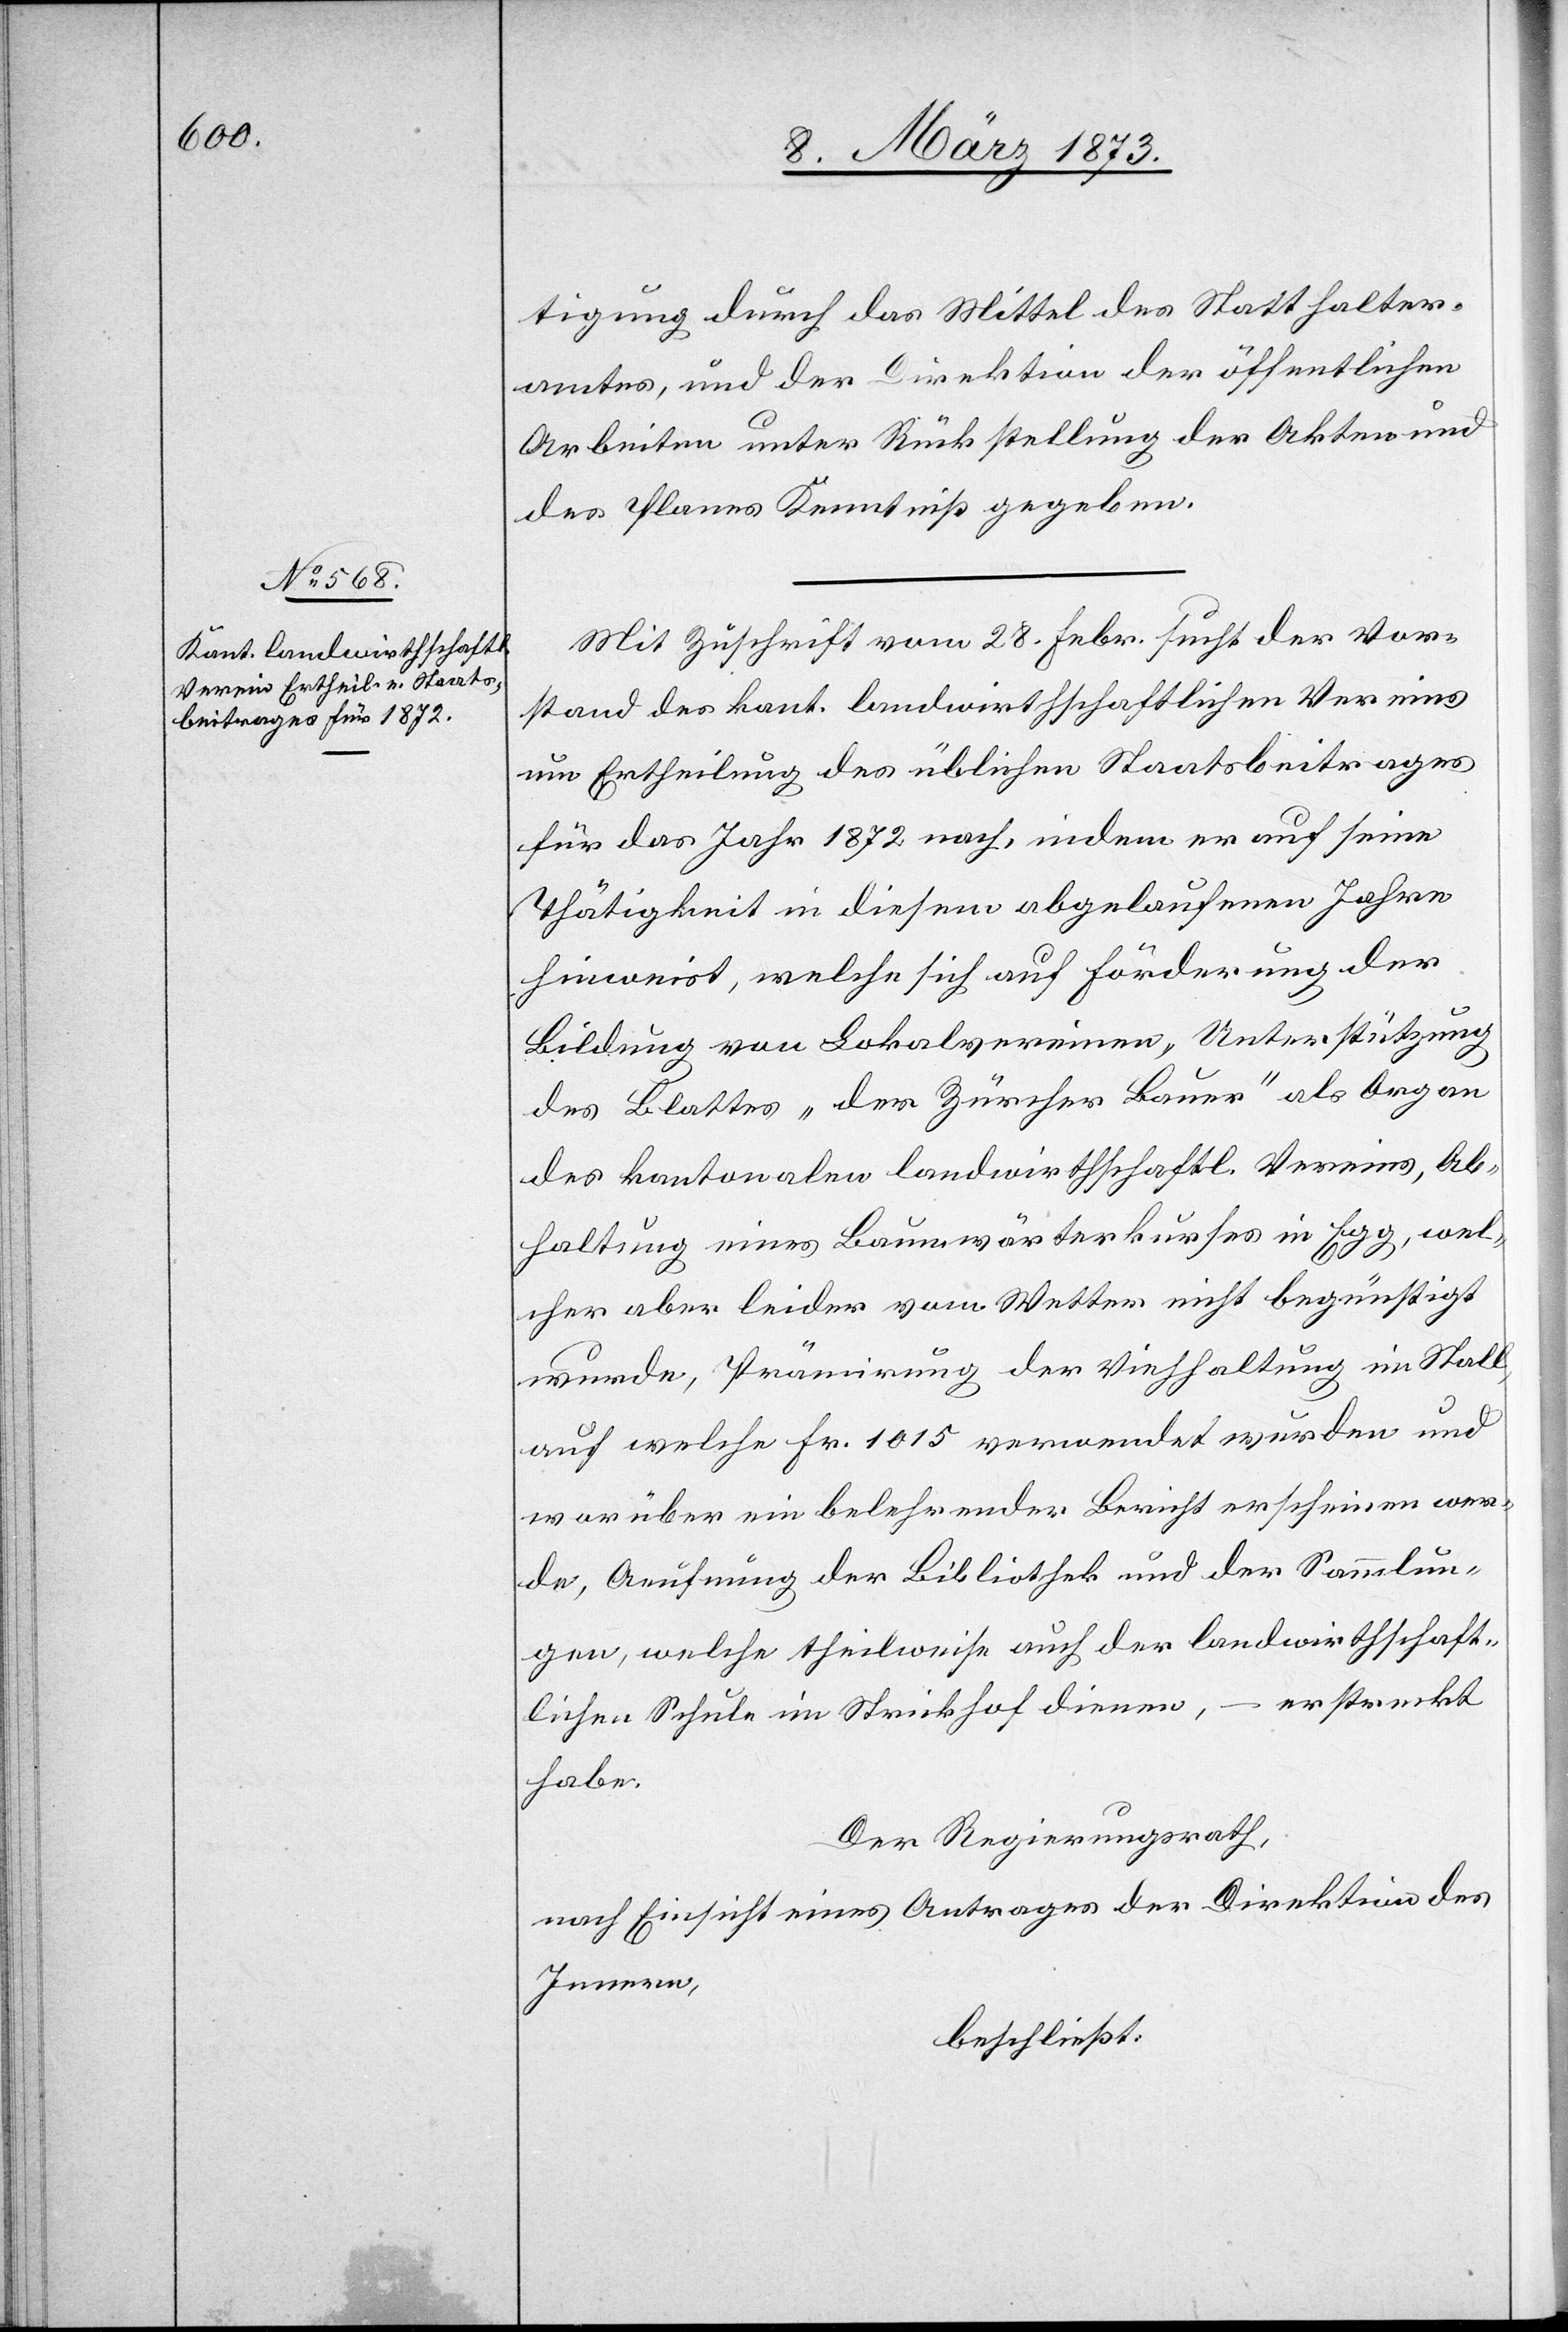
tigung durch das Mittel des Statthalter¬
amtes, und der Direktion der öffentlichen
Arbeiten unter Rückstellung der Akten und
des Planes Kenntniß gegeben.
Mit Zuschrift vom 28. Febr. sucht der Vor¬
stand des kant. landwirthschaftlichen Vereins
um Ertheilung des üblichen Staatsbeitrages
für das Jahr 1872 nach, indem er auf seine
Thätigkeit in diesem abgelaufenen Jahre
hinweist, welche sich auf Förderung der
Bildung von Lokalvereinen, Unterstützung
des Blattes „der Zürcher Bauer“ als Organ
des kantonalen landwirthschaftl. Vereins, Ab¬
haltung eines Baumwärterkurses in Egg, wel¬
cher aber leider vom Wetter nicht begünstigt
wurde, Prämirung der Viehhaltung im Stall,
auf welche Fr. 1015 verwendet wurden und
worüber ein belehrender Bericht erscheinen wer¬
de, Aeufnung der Bibliothek und der Sammlun¬
gen, welche theilweise auch der landwirthschaft¬
erstreckt
lichen Schule im Strickhof dienen,
habe.
Der Regierungsrath,
nach Einsicht eines Antrages der Direktion des
Innern,
beschließt: